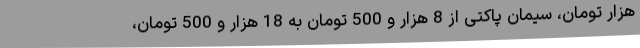
هزار تومان، سیمان پاکتی از 8 هزار و 500 تومان به 18 هزار و 500 تومان،